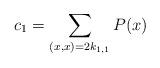
LaTeX: \begin{align*}c_1 = \sum_{(x,x)=2 k_{1,1}} P(x)\end{align*}